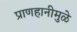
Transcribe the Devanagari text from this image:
प्राणहानीमुळे